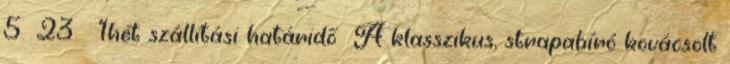
5 23 1hét szállítási határidő A klasszikus, strapabíró kovácsolt